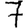
Digit: 7